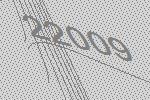
22009